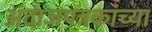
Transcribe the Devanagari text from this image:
अंदाजपत्रकांच्या